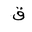
Letter: _qaf